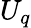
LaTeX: U_{q}